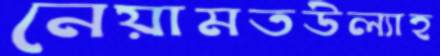
নেয়ামতউল্যাহ